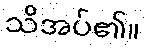
သိအပ်၏။